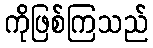
ကိုဖြစ်ကြသည်